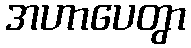
အဟာပေတွာ